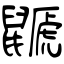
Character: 鼶